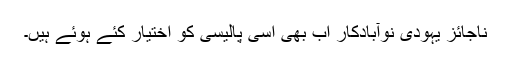
ناجائز یہودی نوآبادکار اب بھی اسی پالیسی کو اختیار کئے ہوئے ہیں۔